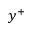
y ^ { + }